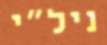
ניל"י